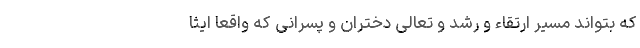
که بتواند مسیر ارتقاء و رشد و تعالی دختران و پسرانی که واقعا ایثا